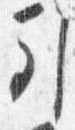
引